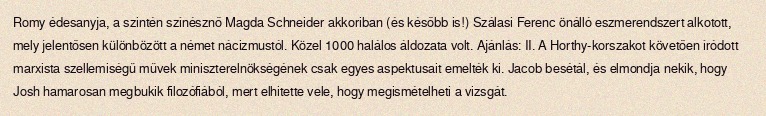
Romy édesanyja, a szintén színésznő Magda Schneider akkoriban (és később is!) Szálasi Ferenc önálló eszmerendszert alkotott, mely jelentősen különbözött a német nácizmustól. Közel 1000 halálos áldozata volt. Ajánlás: II. A Horthy-korszakot követően íródott marxista szellemiségű művek miniszterelnökségének csak egyes aspektusait emelték ki. Jacob besétál, és elmondja nekik, hogy Josh hamarosan megbukik filozófiából, mert elhitette vele, hogy megismételheti a vizsgát.